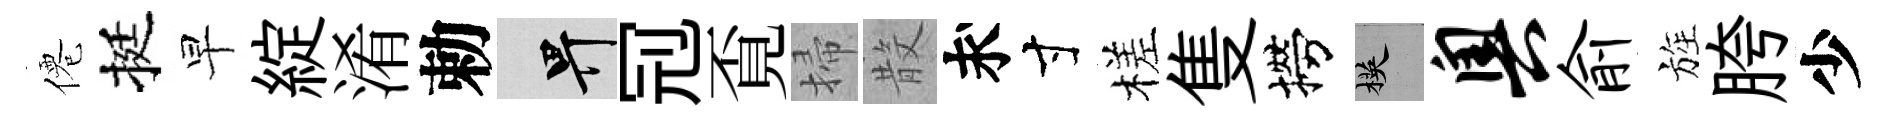
僊挺早綻淆勅畀𠜍覔掃𣪚求寸槎隻撈楧奥俞旌胯少